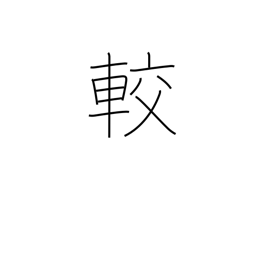
Meaning: contrast